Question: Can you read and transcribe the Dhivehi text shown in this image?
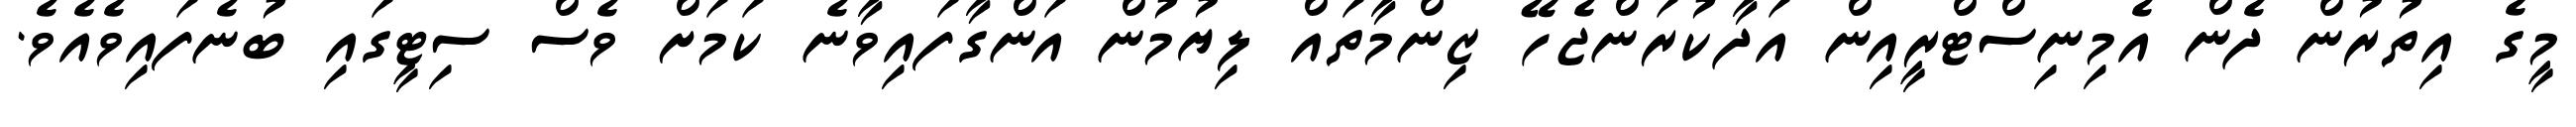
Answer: މީގެ އިތުރުން ދެން އެމިނިސްޓްރީއިން އަދާކުރަންޖެހޭ ޒިންމާތައް ލިޔުމުން އަންގާފައިވާނެ ކަމަށް ވެސް ސިޓީގައި ބުނެފައިވެއެވެ.